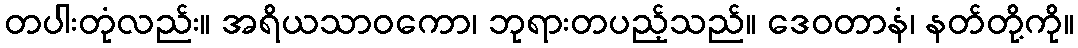
တပါးတုံလည်း။ အရိယသာဝကော၊ ဘုရားတပည့်သည်။ ဒေဝတာနံ၊ နတ်တို့ကို။